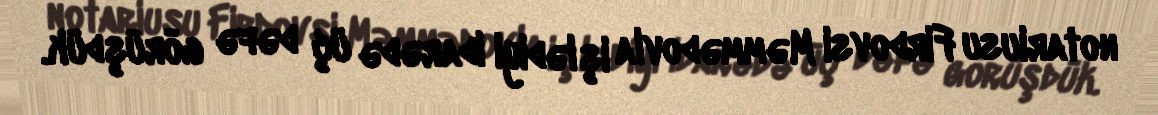
notariusu Firdovsi Məmmədovla işlədiyi idarədə üç dəfə görüşdük.